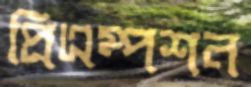
প্রিএম্পশন